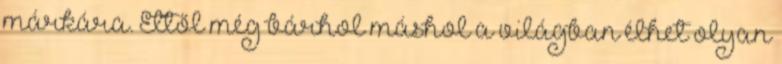
márkára. Ettől még bárhol máshol a világban élhet olyan